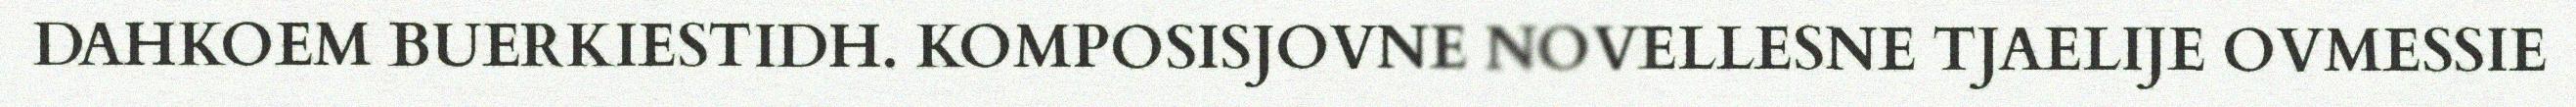
DAHKOEM BUERKIESTIDH. KOMPOSISJOVNE NOVELLESNE TJAELIJE OVMESSIE